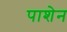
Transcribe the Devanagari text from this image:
पाशेन